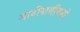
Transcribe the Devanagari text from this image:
आदीवासींमध्ये